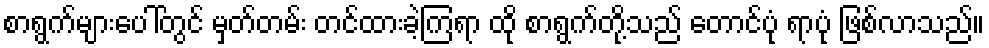
စာရွက်များပေါ်တွင် မှတ်တမ်း တင်ထားခဲ့ကြရာ ထို စာရွက်တို့သည် တောင်ပုံ ရာပုံ ဖြစ်လာသည်။